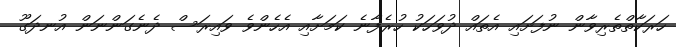
ހަރަކާތްތެރިިވާން ނުފަށައި އެތައް ދުވަަހަކު ހުރެފާނެ ކަމަށާއި އެހެންވެ ވައިރަސް ދެނެގަންނަން އުނދަގޫ